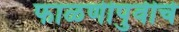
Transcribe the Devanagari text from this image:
फाळणीपुर्वीचे